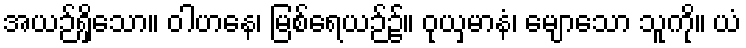
အယဉ်ရှိသော။ ဝါဟနေ၊ မြစ်ရေယဉ်၌။ ဝုယှမာနံ၊ မျောသော သူကို။ ယံ